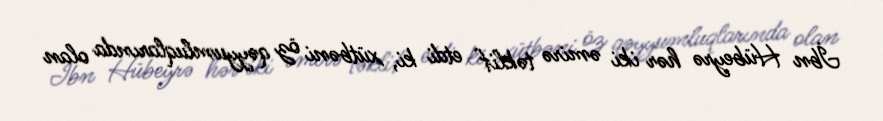
İbn Hübeyrə hər iki əmirə təklif etdi ki, xütbəni öz qəyyumluqlarında olan